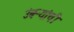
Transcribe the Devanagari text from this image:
उंबऱ्यांची